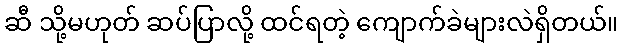
ဆီ သို့မဟုတ် ဆပ်ပြာလို့ ထင်ရတဲ့ ကျောက်ခဲများလဲရှိတယ်။